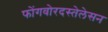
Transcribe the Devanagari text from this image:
फोंगवोरदस्तेलेसन